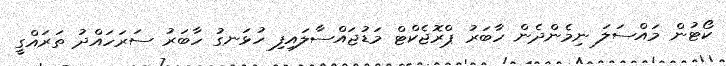
ކޯޓުން މައްސަލަ ނިމެންދެން ހާބަރު ޕްރޮޖެކްޓް މަޑުޖައްސާލައިފި ހުޅަނގު ހާބަރު ސަރަހައްދު ތަރައްގީ